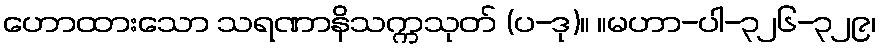
ဟောထားသော သရဏာနိသက္ကသုတ် (ပ-ဒု)။ ။မဟာ-ပါ-၃၂၆-၃၂၉၊